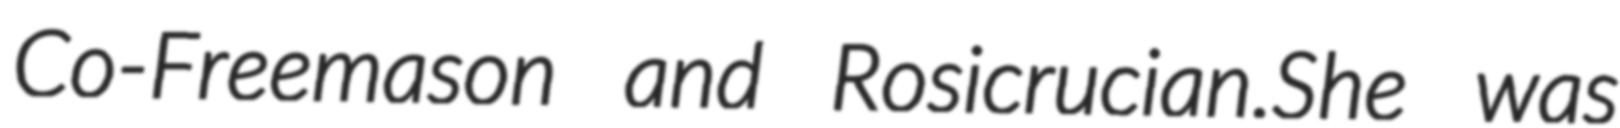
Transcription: Co-Freemason and Rosicrucian.She was